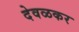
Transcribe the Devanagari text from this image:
देवळकर